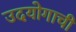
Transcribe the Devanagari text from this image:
उदयोगाची